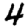
Digit: 4